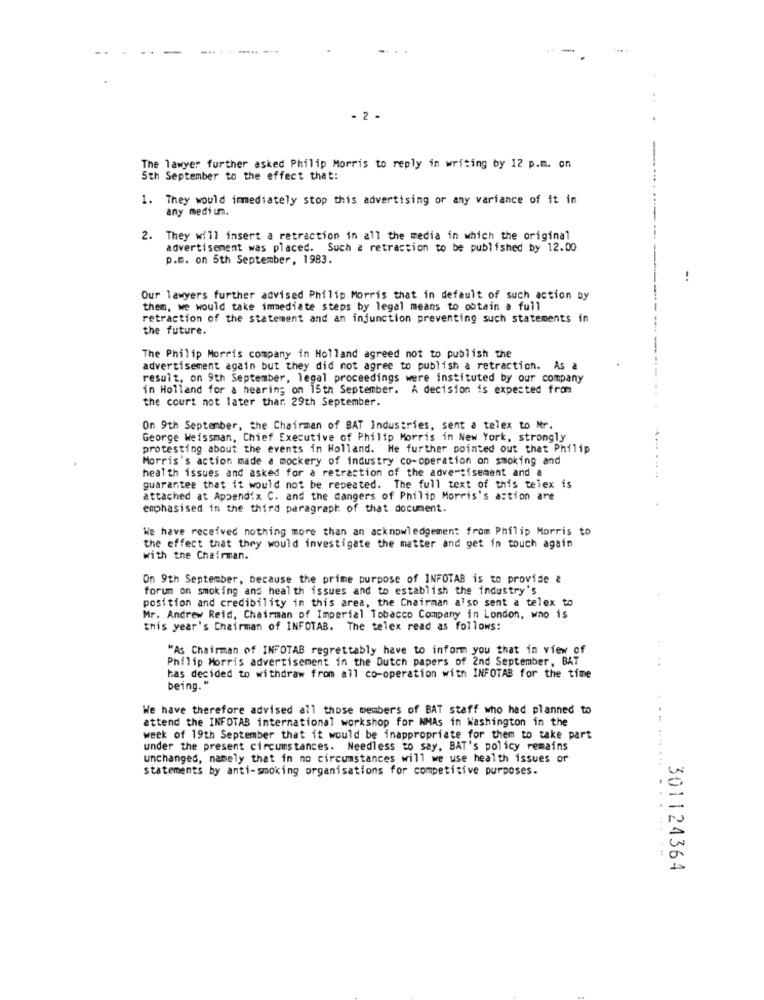
-
-.. .
-.....
-
..
- 2 -
The lawyer further asked Philip Morris to reply in writing by 12 p.m. on
5th September to the effect that:
1. They would immediately stop this advertising or any variance of it in
any medium.
2. They will insert a retraction in all the media in which the original
advertisement was placed. Such a retraction to be published by 12.00
p.E. on 5th September, 1983.
-.
Our lawyers further advised Philip Morris that in default of such action by
them, we would take immediate steps by legal means to obtain a full
retraction of the statement and an injunction preventing such statements in
the future.
The Philip Morris company in Holland agreed not to publish the
advertisement again but they did not agree to publish a retraction. As a
result, on 9th September, legal proceedings were instituted by our company
in Holland for a hearing on 15th September. A decision is expected from
the court not later thar. 29th September.
On 9th September, the Chairman of BAT Industries, sent a telex to Mr.
George Weissman, Chief Executive of Philip Morris in New York, strongly
protesting about the events in Holland. He further pointed out that Philip
Morris's action made a mockery of industry co-operation on smoking and
health issues and asked for a retraction of the advertisement and a
guarantee that it would not be repeated. The full text of this telex is
attached at Appendix C. and the dangers of Philip Morris's action are
emphasised in the third paragraph of that document.
We have received nothing more than an acknowledgement from Philip Morris to
the effect that they would investigate the matter and get in touch again
with the Chairman.
On 9th September, because the prime purpose of INFOTAB is to provide &
forum on smoking ans health issues and to establish the industry's
position and credibility in this area, the Chairman also sent a telex to
Mr. Andrew Reid, Chairman of Imperial Tobacco Company in London, who is
this year's Chairman of INFOTAB. The telex read as follows:
"As Chairman of INFOTAB regrettably have to inform you that in view of
Philip Morris advertisement in the Dutch papers of 2nd September, BAT
has decided to withdraw from all co-operation with INFOTAB for the time
..
being. "
We have therefore advised all those members of BAT staff who had planned to
attend the INFOTAB international workshop for NMAs in Washington in the
week of 19th September that it would be inappropriate for them to take part
under the present circumstances. Needless to say. BAT's policy remains
unchanged, namely that in no circumstances will we use health issues or
statements by anti-smoking organisations for competitive purposes.
........ .. .
301124364